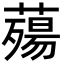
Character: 薚